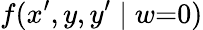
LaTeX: f(x^{\prime},y,y^{\prime}\mid w{=}0)